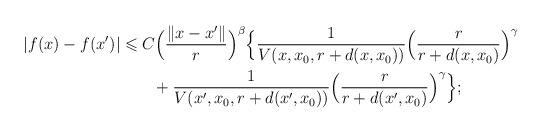
LaTeX: \begin{align*} \begin{aligned} |f(x)-f(x')|&\leqslant C \Big(\frac{\|x-x'\|}{r}\Big)^\beta \Big\{ \frac{1}{V(x,x_0,r+d(x,x_0))}\Big(\frac{r}{r+{d(x,x_0)}}\Big)^\gamma\\ &\qquad+ \frac{1}{V(x',x_0,r+d(x',x_0))}\Big(\frac{r}{r+{d(x',x_0)}}\Big)^\gamma\Big\}; \end{aligned} \end{align*}